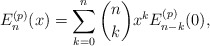
\begin{align*}E_{n}^{(p)}(x) = \sum_{k=0}^{n} \binom{n}{k} x^{k} E_{n-k}^{(p)}(0),\end{align*}